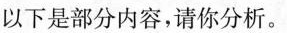
以下是部分内容，请你分析。